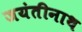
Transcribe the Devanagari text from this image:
जयंतीनाथ